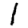
Digit: 1